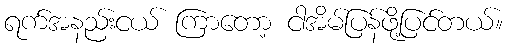
ရက်အနည်းငယ် ကြာတော့ ငါအိမ်ပြန်ဖို့ပြင်တယ်။